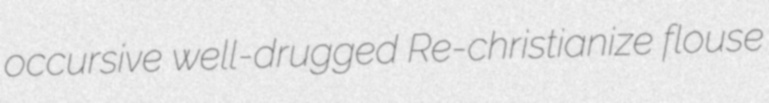
occursive well-drugged Re-christianize flouse